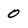
Character: 0